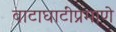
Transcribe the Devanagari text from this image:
वाटाघाटींप्रमाणे